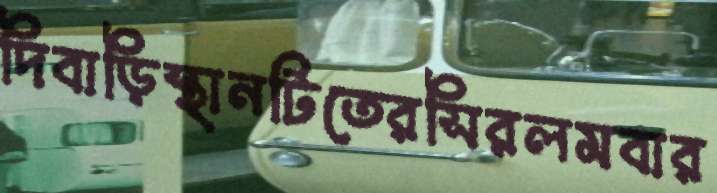
দিবাড়িস্থানটিতেরসিরলমবার